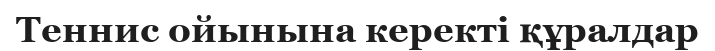
Теннис ойынына керекті құралдар